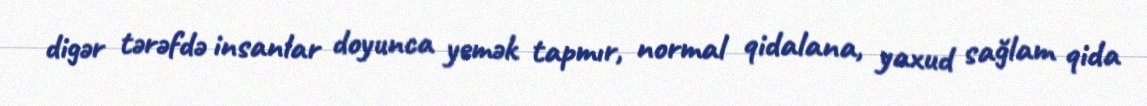
digər tərəfdə insanlar doyunca yemək tapmır, normal qidalana, yaxud sağlam qida